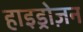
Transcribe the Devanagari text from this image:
हाइड्रोज़न